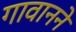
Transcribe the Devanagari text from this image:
गावानने